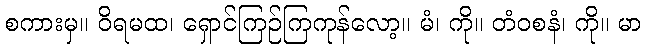
စကားမှ။ ဝိရမထ၊ ရှောင်ကြဉ်ကြကုန်လော့။ မံ၊ ကို။ တံဝစနံ၊ ကို။ မာ